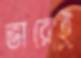
ভারেই